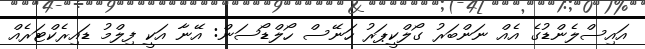
އައިސްލެންޑުގެ އެއް ނަންބަރު ގޯލްކީޕަރު ހަނޭސް ހޯލްޑޯސަން: އޭނާ އަކީ ފިލްމު ޑައިރެކްޓަރެއް